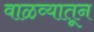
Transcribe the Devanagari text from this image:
वाळव्यातून